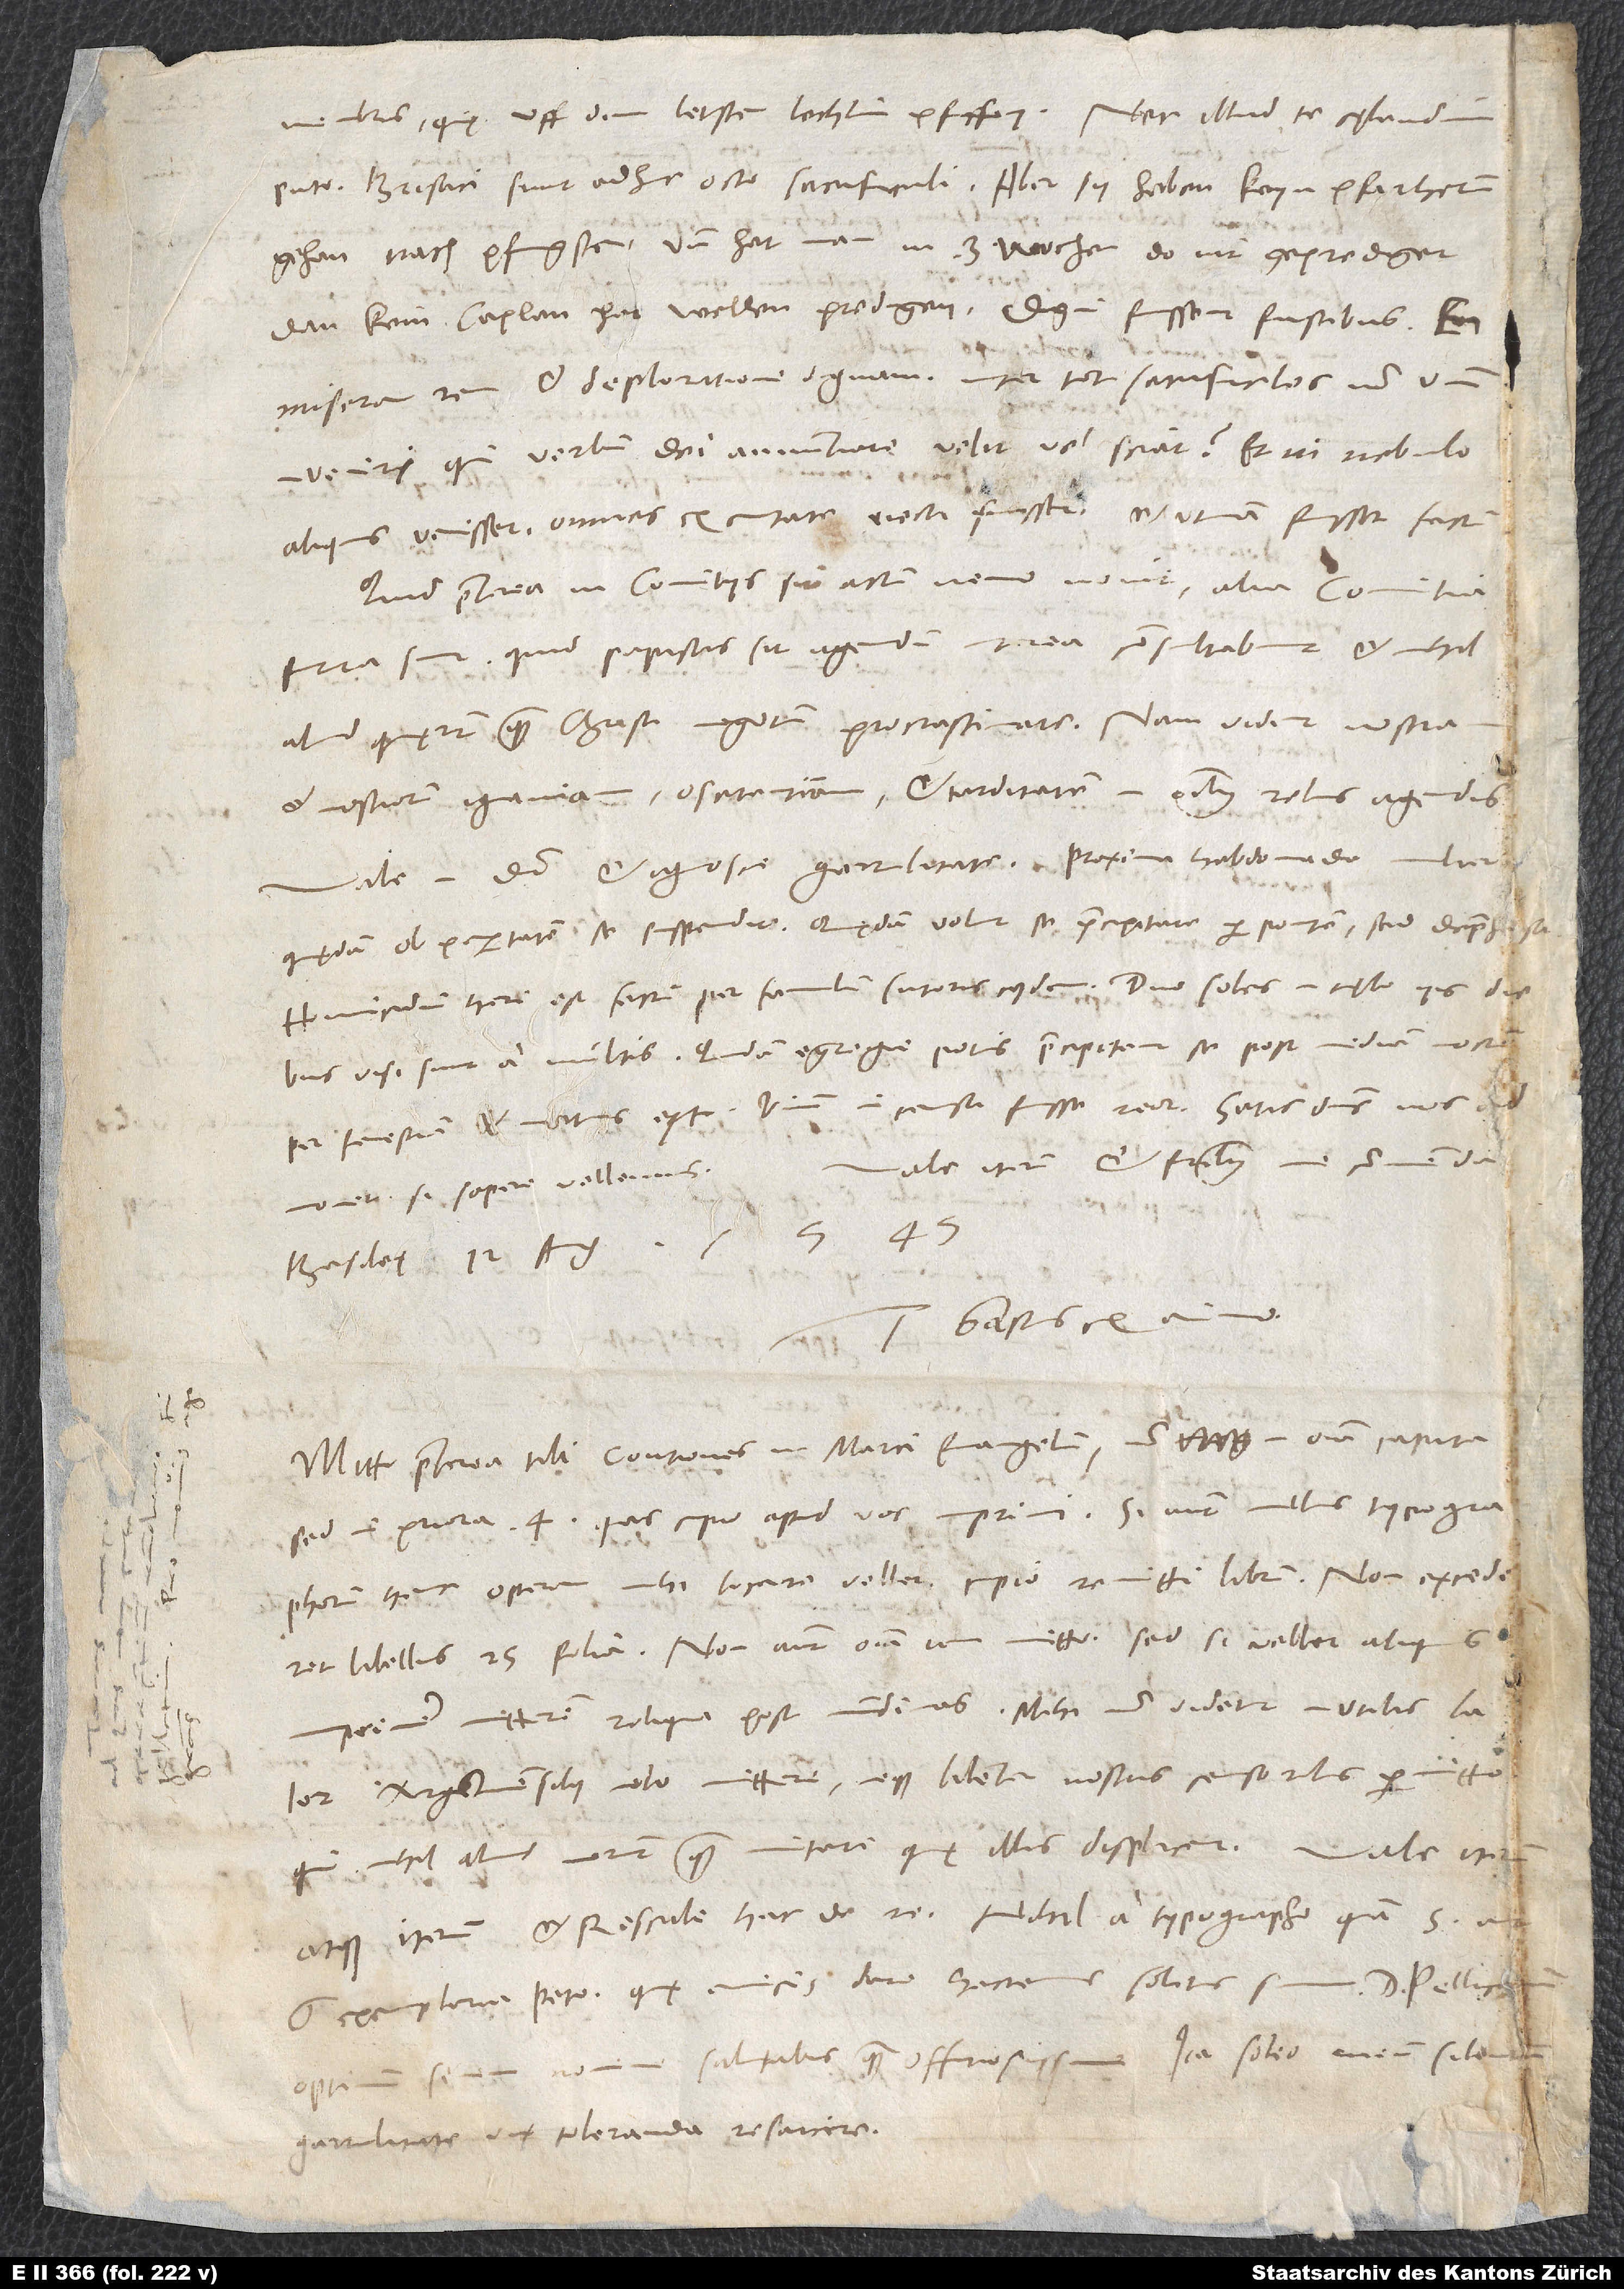
membris, quę uff dem letsten lochlin pfiffen. Nec illud te cęlandum
puto: Brisaci sunt adhuc octo sacrificuli; aber sy haben keyn pfarhernn
gehan nach pfingsten. Und hat man in 3 wochen do nit geprediget,
dan kein caplan hat wellen predigen. Digni fuissent fustibus.
miseram rem et deploratione dignam; inter tot sacrificulos non unum
inveniri, qui verbum dei annuntiare velit vel sciat! Et ni nebulo
aliquis venisset, omnes ex civitate eiecti fuissent; et utinam fuisset factum!
Quid praeterea in comitiis sit actum, nemo novit. Alia comitia
futura sunt. Quid papistis sit agendum, interea consultabunt, et nihil
aliud quęrunt, quam Christi negotium procrastinare. Nam vident nostram
et nostrorum ignaviam, oscitantiam et tarditatem in omnibus rebus agendis.
Vale in domino et ignosce garrulitati. Proxima hebdomade mulier
quędam ob paupertatem se suspendit; quędam voluit se praecipitare per pontem, sed deprehmonet,
Vale iterum et fratribus me commenda.
si sapere vellemus.
Basileę, 12. augusti 1545.
Tuus Gastius ex animo.
Mitto praeterea tibi contiones in Marci evangelium, non in omnia capita,
sed in priora 4, quas cupio apud vos imprimi. Si autem nullus typographorum
hanc operam mihi locare vellet, cupio remitti librum. Non excede
garrulitate vix toleranda resarcire.